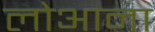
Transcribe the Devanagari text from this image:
लोआना